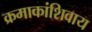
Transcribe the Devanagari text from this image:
क्रमाकांशिवाय